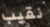
نقيب